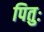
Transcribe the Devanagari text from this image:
पितुः